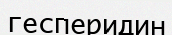
гесперидин